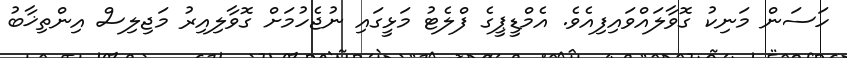
ހަސަން މަނިކު ގޮވާލައްވައިފިއެވެ. އެމްޑީޕީގެ ފްލެޓު މަޅީގައި ނުޖެހުމަށް ގޮވާލިއިރު މަޖިލިސް އިންތިޚާބު